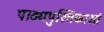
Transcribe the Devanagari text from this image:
पाठ्यपुस्तिकाओं